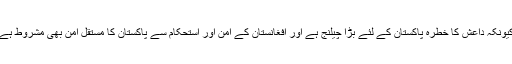
کیونکہ داعش کا خطرہ پاکستان کے لئے بڑا چیلنج ہے اور افغانستان کے امن اور استحکام سے پاکستان کا مستقل امن بھی مشروط ہے۔